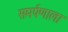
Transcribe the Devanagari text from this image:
समर्पणाला